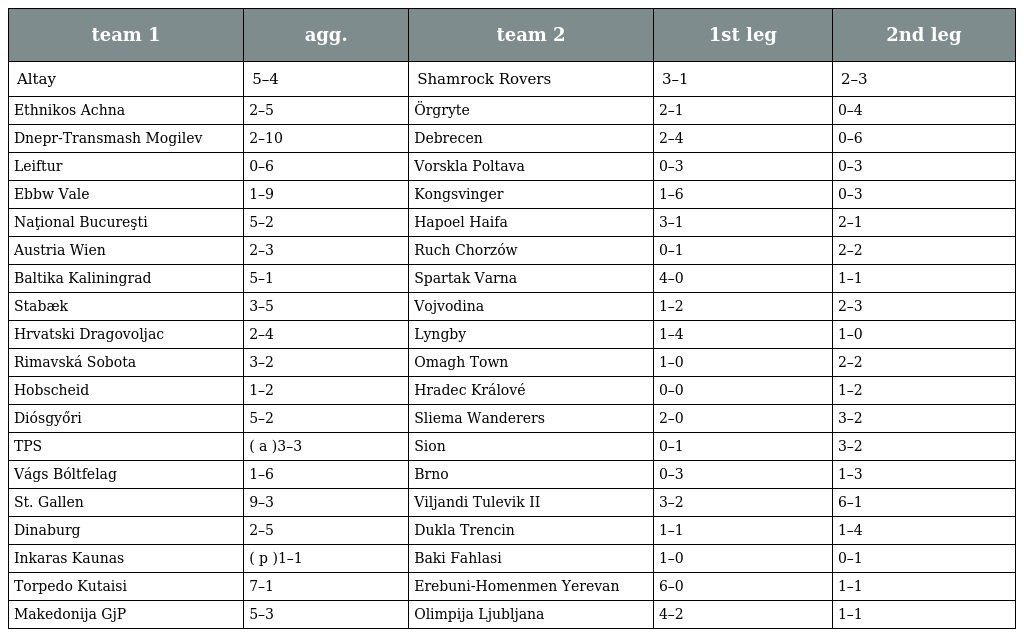
| team 1 | agg. | team 2 | 1st leg | 2nd leg |
 | --- | --- | --- | --- | --- |
 | Altay | 5–4 | Shamrock Rovers | 3–1 | 2–3 |
 | Ethnikos Achna | 2–5 | Örgryte | 2–1 | 0–4 |
 | Dnepr-Transmash Mogilev | 2–10 | Debrecen | 2–4 | 0–6 |
 | Leiftur | 0–6 | Vorskla Poltava | 0–3 | 0–3 |
 | Ebbw Vale | 1–9 | Kongsvinger | 1–6 | 0–3 |
 | Naţional Bucureşti | 5–2 | Hapoel Haifa | 3–1 | 2–1 |
 | Austria Wien | 2–3 | Ruch Chorzów | 0–1 | 2–2 |
 | Baltika Kaliningrad | 5–1 | Spartak Varna | 4–0 | 1–1 |
 | Stabæk | 3–5 | Vojvodina | 1–2 | 2–3 |
 | Hrvatski Dragovoljac | 2–4 | Lyngby | 1–4 | 1–0 |
 | Rimavská Sobota | 3–2 | Omagh Town | 1–0 | 2–2 |
 | Hobscheid | 1–2 | Hradec Králové | 0–0 | 1–2 |
 | Diósgyőri | 5–2 | Sliema Wanderers | 2–0 | 3–2 |
 | TPS | ( a )3–3 | Sion | 0–1 | 3–2 |
 | Vágs Bóltfelag | 1–6 | Brno | 0–3 | 1–3 |
 | St. Gallen | 9–3 | Viljandi Tulevik II | 3–2 | 6–1 |
 | Dinaburg | 2–5 | Dukla Trencin | 1–1 | 1–4 |
 | Inkaras Kaunas | ( p )1–1 | Baki Fahlasi | 1–0 | 0–1 |
 | Torpedo Kutaisi | 7–1 | Erebuni-Homenmen Yerevan | 6–0 | 1–1 |
 | Makedonija GjP | 5–3 | Olimpija Ljubljana | 4–2 | 1–1 |